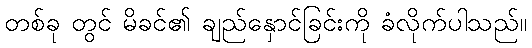
တစ်ခု တွင် မိခင်၏ ချည်နှောင်ခြင်းကို ခံလိုက်ပါသည်။